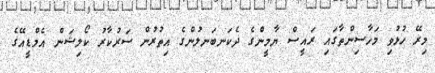
މިރޭ ހުޅުވި މަހާސިންތާގައި ރައީސް ޔާމީންގެ ދެކަނބަނލުންގެ އިތުރުން ސަރުކާރު ކޯލިޝަން އެމްޑީއޭގެ